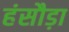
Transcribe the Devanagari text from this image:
हंसौड़ा